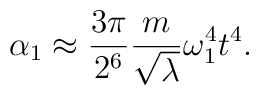
\alpha_1 \approx  \frac{3 \pi}{2^6} \frac{m}{\sqrt  \lambda }  \omega_1^4 t^4.